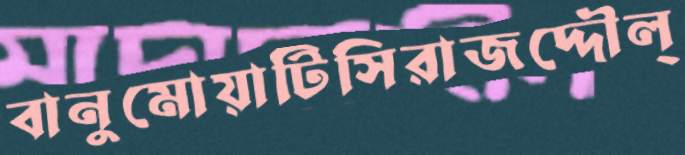
বানুমোয়াটিসিরাজদ্দৌল্